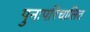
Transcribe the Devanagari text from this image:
पुनःपरिचालित